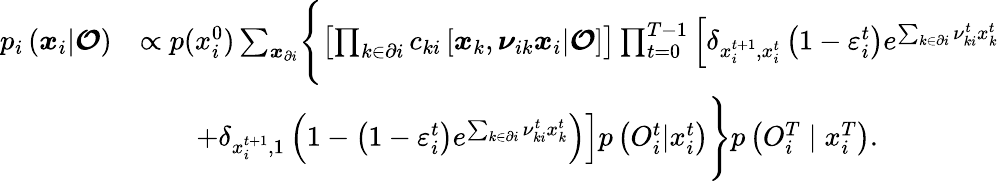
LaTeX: \begin{array}{rl}{p_{i}\left(\boldsymbol{x}_{i}|\boldsymbol{\mathcal{O}}\right)}&{\propto p(x_{i}^{0})\sum_{\boldsymbol{x}_{\partial i}}\Biggl\{ \left[\prod_{k\in\partial i}c_{ki}\left[\boldsymbol{x}_{k},\boldsymbol{\nu}_{ik}\boldsymbol{x}_{i}|\boldsymbol{\mathcal{O}}\right]\right]\prod_{t=0}^{T-1}\left[\delta_{x_{i}^{t+1},x_{i}^{t}}\left(1-\varepsilon_{i}^{t}\right)e^{\sum_{k\in\partial i}\nu_{ki}^{t}x_{k}^{t}}\right.}\\ &{\qquad\left.+\delta_{x_{i}^{t+1},1}\left(1-\left(1-\varepsilon_{i}^{t}\right)e^{\sum_{k\in\partial i}\nu_{ki}^{t}x_{k}^{t}}\right)\right]p\left({O}_{i}^{t}|x_{i}^{t}\right)\Biggr\} p\left({O}_{i}^{T}\mid x_{i}^{T}\right).}\end{array}